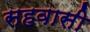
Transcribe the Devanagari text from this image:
सहवासी